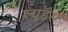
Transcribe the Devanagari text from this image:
ल्यूडर्स